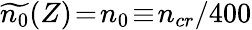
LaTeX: \widetilde{n_{0}}(Z)\! =\! n_{0}\! \equiv\! n_{cr}/400